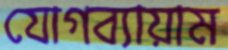
যোগব্যায়াম